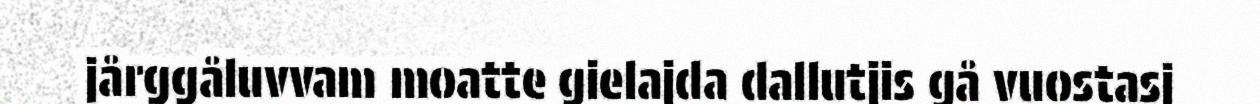
jårggåluvvam moatte gielajda dallutjis gå vuostasj